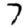
Digit: 7